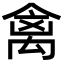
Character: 禽